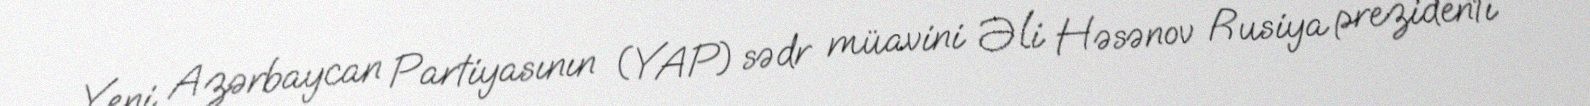
Yeni Azərbaycan Partiyasının (YAP) sədr müavini Əli Həsənov Rusiya prezidenti